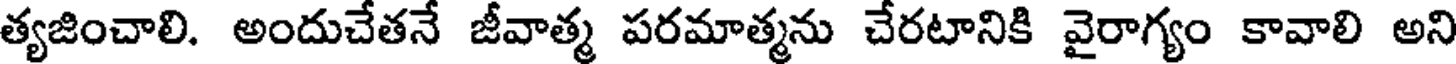
త్యజించాలి. అందుచేతనే జీవాత్మ పరమాత్మను చేరటానికి వైరాగ్యం కావాలి అని